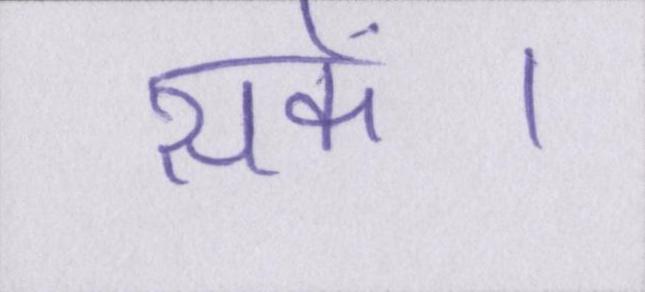
सकें।